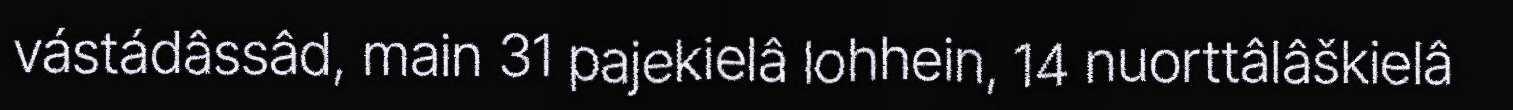
vástádâssâd, main 31 pajekielâ lohhein, 14 nuorttâlâškielâ